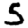
Digit: 5